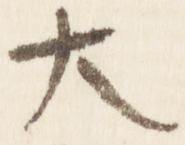
大